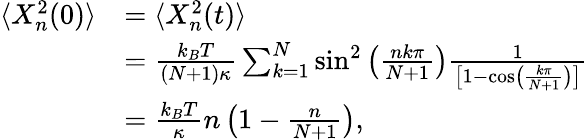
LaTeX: \begin{array}{rl}{\langle X_{n}^{2}(0)\rangle}&{=\langle X_{n}^{2}(t)\rangle}\\ &{=\frac{k_{B}T}{(N+1)\kappa}\sum_{k=1}^{N}\sin^{2}\left(\frac{nk\pi}{N+1}\right)\frac{1}{\left[1-\cos\left(\frac{k\pi}{N+1}\right)\right]}}\\ &{=\frac{k_{B}T}{\kappa}n\left(1-\frac{n}{N+1}\right),}\end{array}